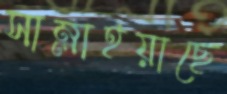
সাম্‌লাইয়াছে